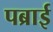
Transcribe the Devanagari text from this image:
पब्राई